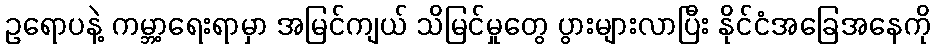
ဥရောပနဲ့ ကမ္ဘာ့ရေးရာမှာ အမြင်ကျယ် သိမြင်မှုတွေ ပွားများလာပြီး နိုင်ငံအခြေအနေကို